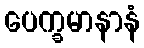
ပေက္ခမာနာနံ